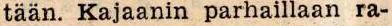
tään. Kajaanin parhaillaan ra-